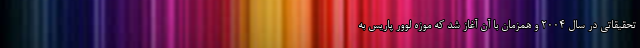
تحقیقاتی در سال ۲۰۰۴ و همزمان با آن آغاز شد که موزه لوور پاریس به